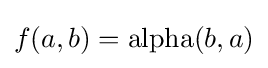
f(a,b)=\operatorname {alpha} (b,a)